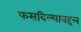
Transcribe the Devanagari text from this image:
फसविल्याबद्दल